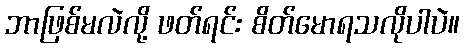
ဘာဖြစ်မလဲလို့ ဖတ်ရင်း စိတ်မောရသလိုပါပဲ။